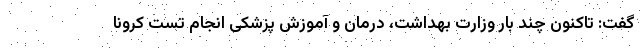
گفت: تاکنون چند بار وزارت بهداشت، درمان و آموزش پزشکی انجام تست کرونا